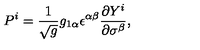
P ^ { i } = \frac { 1 } { \sqrt { g } } g _ { 1 \alpha } \epsilon ^ { \alpha \beta } \frac { \partial Y ^ { i } } { \partial \sigma ^ { \beta } } ,